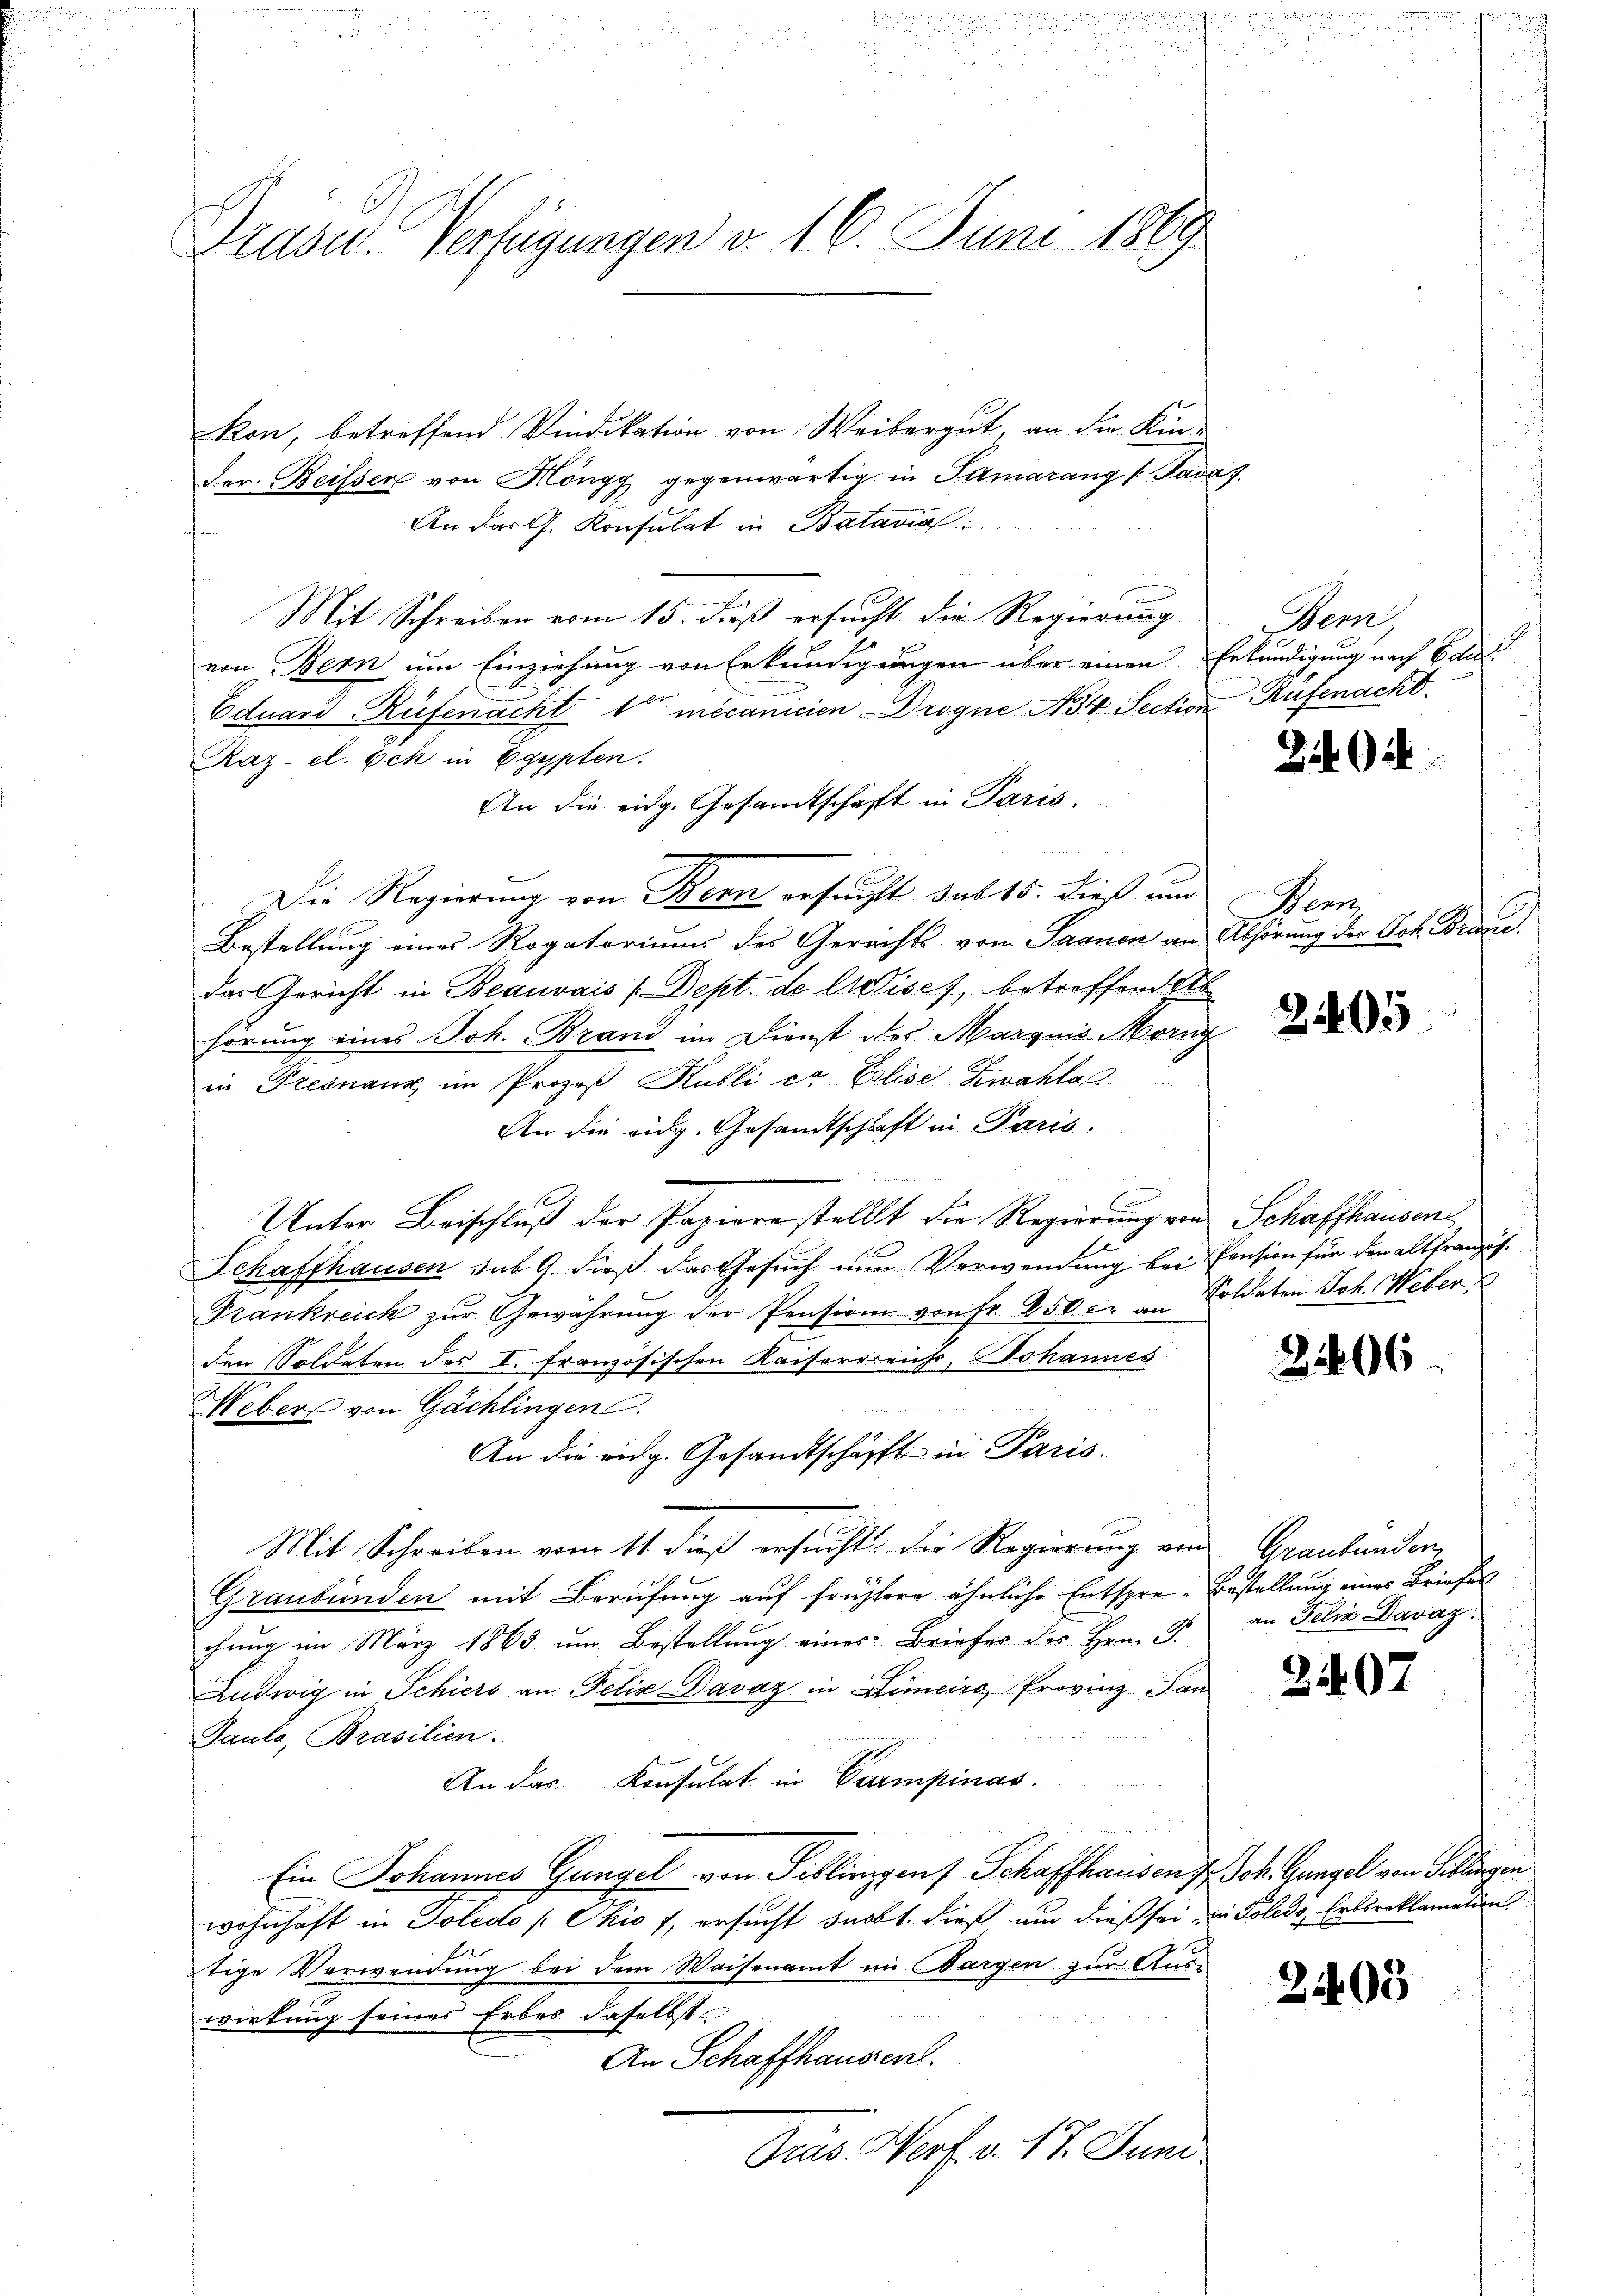
Präser. Verfügungen v. 16. Juni 1889

kon, betreffend Vindikation von Weibergut an die Kin-
der Beisser von Höngg gegenwärtig in Samarang / Sara 7.
An darth. Konsulat in Batavial
¬
Mit Schreiben vom 15. dieß ersucht die Regierung Bern,
von Bern um Einziehung von Erkundigungen über einen Erkundigung nach Band
Eduard Rüfenacht vor mecanicien Drogne No 4. Section, Rüfenacht.
Raz-el-Eck in Egypten.
An die eidg. Gesandtschaft in Paris.
d
E
Die Regierung von Bern ersucht sub 15. dieß und
Bestellung eines Rogatoriums des Gerichts von Saanen an Abhörung der Joh. Braue.
das Gericht in Beauvais (Dept. de listisch, betreffend Ab
hörung eines Joh. Brand im Dienst des Marquis Morng
in Presnaux im Prozeß Kubli er Elise Zwahlo
An die eidg. Gesandtschrift in Paris.
n
f
Unter Beischluß der Papiere stellt die Regierung von Schaffhausen
Schaffhausen sub 9. dieß das Gesuch nun Verwendung bei Pension für den altfranzös.
Frankreich zŭr Gewährŭng der Pension von Fr. 250 c. an Soldaten Joh. Weber
den Soldaten des I. französischen Kaiserreichs, Johannes
Weber von Gächlingen.
An die eidg. Gesandtschäfft in Paris.
Mit Schreiben vom 11 dieß ersucht die Regierung von Graubünden,
Graubünden mit Berufung auf frühere ähnliche Entspre-Bestellung eines Briefes
chung im März 1863 um Bestellung eines Briefes des Hrn. F.
Ludwig in Schiers an Felix Davaz in Limeiro, Provinz San
Taule, Brasilien.
An das Konsulat in Campinas.
Ein Johannes Gangel von Tiblingen Schaffhausen 7. Joh. Gangel von Siblingen
wohnhaft in Soledo /: Ohio 7, ersucht snobt. dieß um dieß sei, in Poledo, Erbsreklamation
tige Verwendung bei dem Waisenamt im Wargen zur Aus-
wirkung seines Erbes daselbst
An Schaffhausent.
Pras Norf. v. 17. Juni

24

en

2405

206

an Felix Davaz.

21107

2403